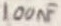
Text: 100nF